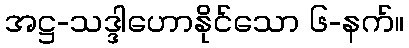
အဋ္ဌ-သဒ္ဒါဟောနိုင်သော ၆-နက်။